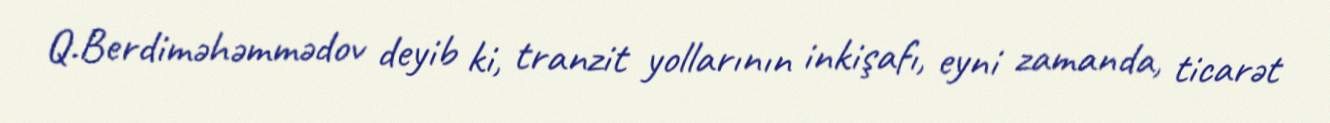
Q.Berdiməhəmmədov deyib ki, tranzit yollarının inkişafı, eyni zamanda, ticarət